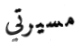
مسيرتي